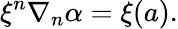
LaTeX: \xi^{n}\nabla_{n}\alpha=\xi(a).